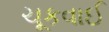
ચૂકવાઈ